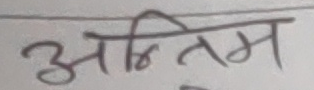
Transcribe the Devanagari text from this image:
अन्तिम